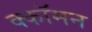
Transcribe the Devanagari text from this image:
क्कॉमन